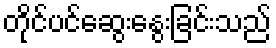
တိုင်ပင်ဆွေးနွေးခြင်းသည်